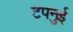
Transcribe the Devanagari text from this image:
टपनुई